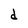
Character: d